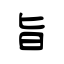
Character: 旨